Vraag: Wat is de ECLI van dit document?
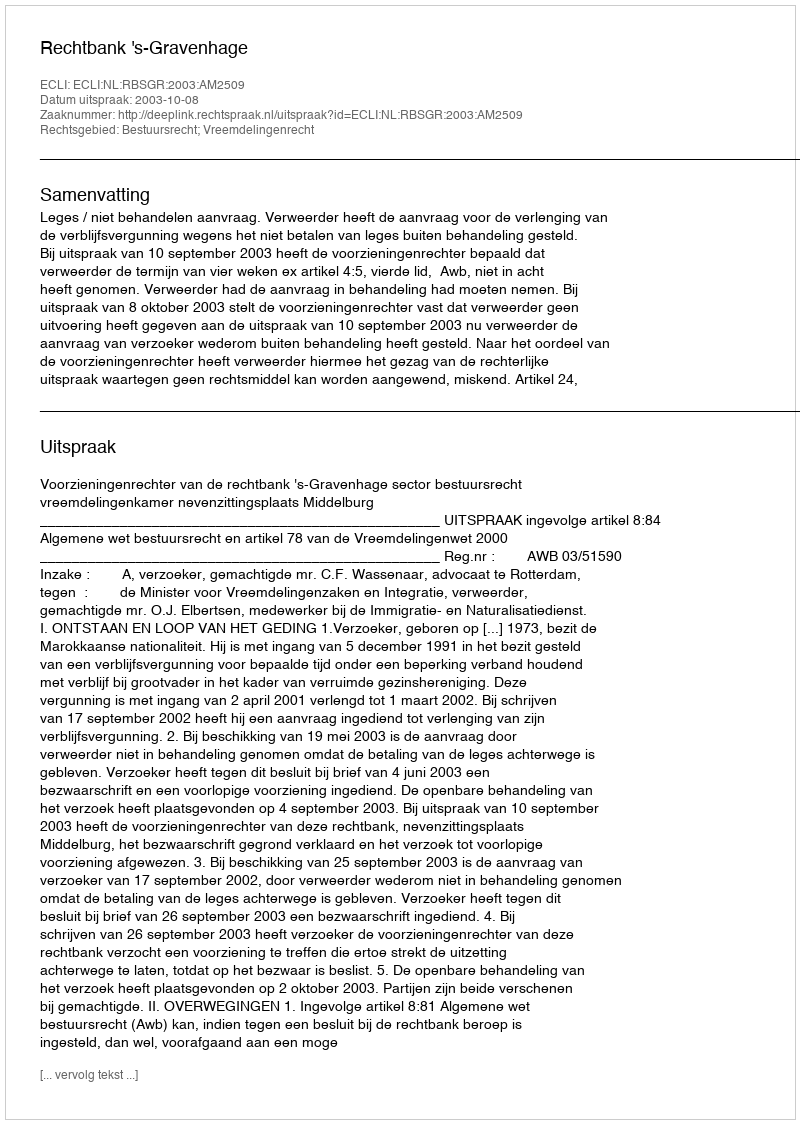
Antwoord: ECLI:NL:RBSGR:2003:AM2509